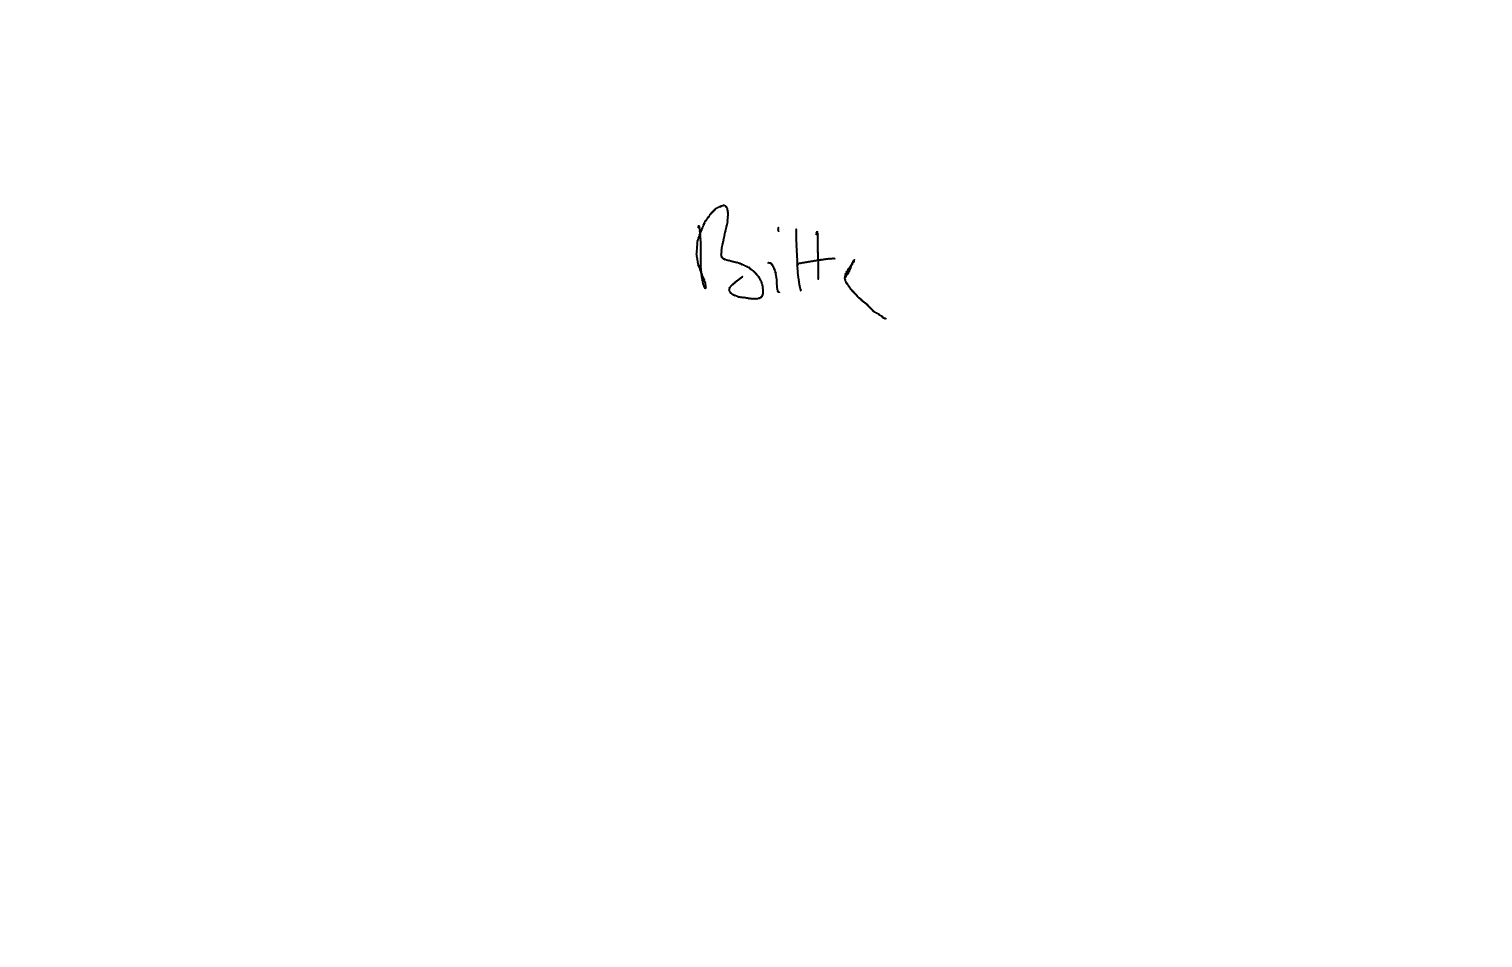
Text: Bitte